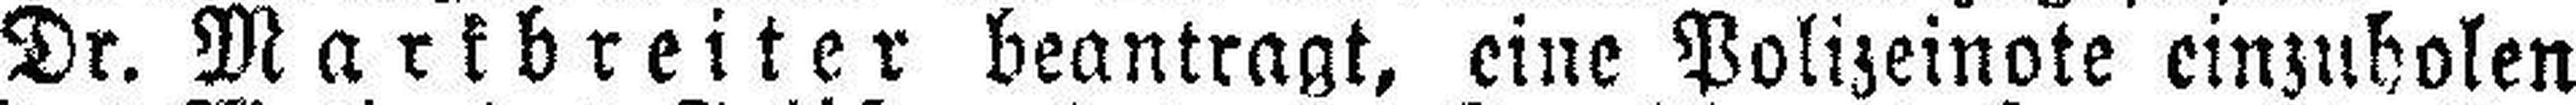
Dr. Markbreiter beantragt, eine Polizeinote einzuholen